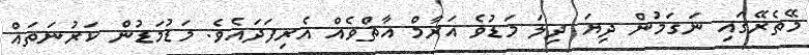
މޭތެރޭގައި ނަގަމުން ދިޔަ ދިލަ މަޑުވެ އަރާމް އާތްވެއް އެރިފަދައެވެ. މަޑުމަޑުން ކަރުނަތައް